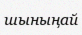
шыныңай